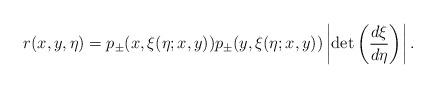
LaTeX: \begin{align*}r(x,y,\eta)=p_\pm(x,\xi(\eta;x,y))p_\pm(y,\xi(\eta;x,y))\left|\det\left(\frac{d\xi}{d\eta}\right)\right|.\end{align*}